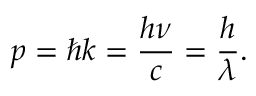
p = \hbar k = { \frac { h \nu } { c } } = { \frac { h } { \lambda } } .